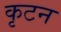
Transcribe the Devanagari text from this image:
कृटन